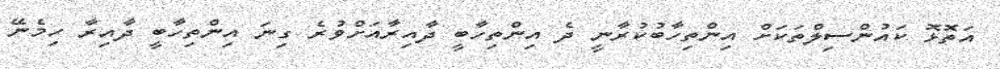
އަތޮޅޮ ކައުންސިލްތަކަށް އިންތިހާބުކުރާނީ ދެ އިންތިހާބީ ދާއިރާއަށްވުރެ ގިނަ އިންތިހާބީ ދާއިރާ ހިމެނޭ